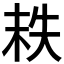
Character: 𡘮